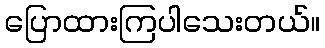
ပြောထားကြပါသေးတယ်။